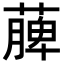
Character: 𮑎